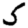
Digit: 5